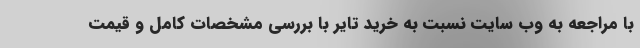
با مراجعه به وب سایت نسبت به خرید تایر با بررسی مشخصات کامل و قیمت